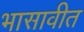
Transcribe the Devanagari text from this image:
भासावीत